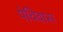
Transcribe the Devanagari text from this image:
पेचिवास